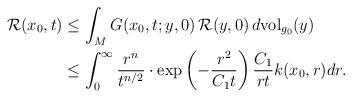
LaTeX: \begin{align*} \mathcal{R}(x_0,t)&\leq \int_M G(x_0,t;y,0)\, \mathcal{R}(y,0)\,d\mathrm{vol}_{g_0}(y)\\ &\leq \int^\infty_0 \frac{ r^n}{t^{n/2}}\cdot \exp\left(-\frac{r^2}{C_1t} \right)\frac{C_1}{rt} k(x_0,r) dr. \end{align*}